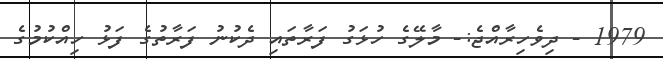
1979 - ދިވެހިރާއްޖެ:- މާލޭގެ ހުޅަގު ފަރާތައި ދެކުނު ފަރާތުގެ ފަޅު ހިއްކުމުގެ